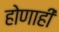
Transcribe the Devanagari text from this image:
होणाही